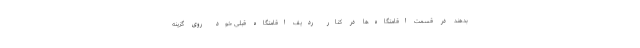
بدهند در قسمت اقامتگاه‌ها در کنار ردیف اقامتگاه قبلی خود روی گزینه